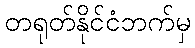
တရုတ်နိုင်ငံဘက်မှ